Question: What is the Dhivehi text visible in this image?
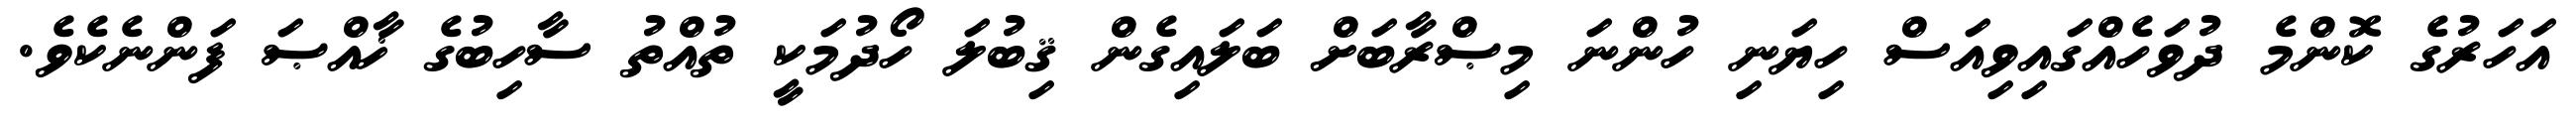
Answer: އަހަރުގެ ކޮންމެ ދުވަހެއްގައިވިއަސް ހިޔަނި ހުންނަ މިޞްރާބަށް ބަލައިގެން ޤިބުލަ ހޯދުމަކީ ތުއްތު ސާހިބުގެ ޚާއްޞަ ފަންނެކެވެ.